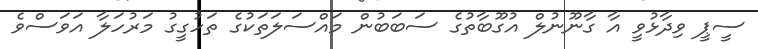
ސީޕީ ވިދާޅުވީ އާ ގާނޫނުލް އުގޫބާތުގެ ސަބަބުން މައްސަލަތަކުގެ ތަހުގީގު މަރުހަލާ އަވަސްވެ